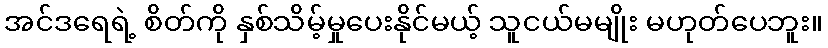
အင်ဒရေရဲ့ စိတ်ကို နှစ်သိမ့်မှုပေးနိုင်မယ့် သူငယ်မမျိုး မဟုတ်ပေဘူး။